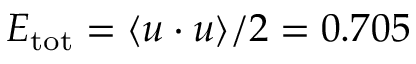
E _ { \mathrm { t o t } } = \langle \boldsymbol { u } \cdot \boldsymbol { u } \rangle / 2 = 0 . 7 0 5